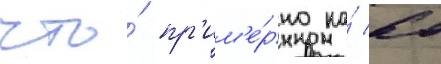
что́ пр'им'е́рно на́ 60